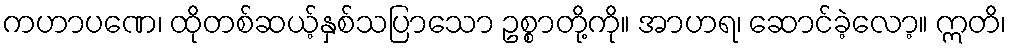
ကဟာပဏေ၊ ထိုတစ်ဆယ့်နှစ်သပြာသော ဥစ္စာတို့ကို။ အာဟရ၊ ဆောင်ခဲ့လော့။ ဣတိ၊